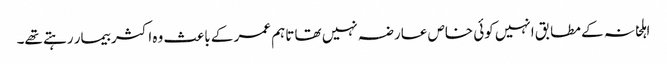
اہلخانہ کے مطابق انہیں کوئی خاص عارضہ نہیں تھا تاہم عمر کے باعث وہ اکثر بیمار رہتے تھے۔